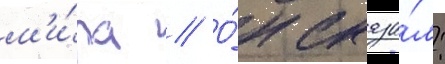
м'и́ра // О́н сказа́л: